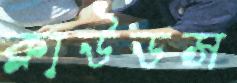
ক্লাউডস